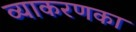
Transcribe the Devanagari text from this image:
व्याकरणका